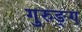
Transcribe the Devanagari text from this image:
गुरुङ्ग